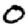
Digit: 0